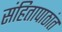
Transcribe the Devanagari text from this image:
संहितापाठांत